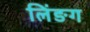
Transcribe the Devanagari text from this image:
लिंङग